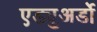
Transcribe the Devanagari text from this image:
एड्युअर्डो